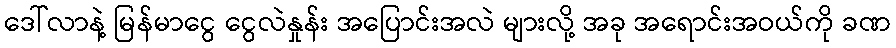
ဒေါ်လာနဲ့ မြန်မာငွေ ငွေလဲနှုန်း အပြောင်းအလဲ များလို့ အခု အရောင်းအဝယ်ကို ခဏ